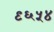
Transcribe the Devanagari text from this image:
९६५४